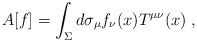
\begin{align*} A[f] = \int_\Sigma d \sigma_\mu f_\nu (x) T^{\mu \nu}(x) \; ,\end{align*}